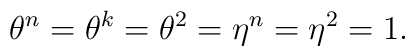
\theta^n = \theta^k = \theta^2 = \eta^n = \eta^2 = 1.